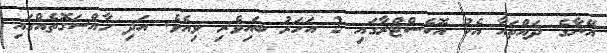
އޭނާގެ ދައްތައާ އެކު އޮކެސްޓްރާގައި 2 އަހަރު ބައިވެރި ވިއެވެ. އަދި ހާއްސަގޮތެއްގައި